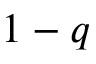
1 - q